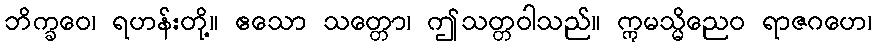
ဘိက္ခဝေ၊ ရဟန်းတို့။ ဧသော သတ္တော၊ ဤသတ္တဝါသည်။ ဣမသ္မိညေဝ ရာဇဂဟေ၊